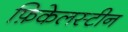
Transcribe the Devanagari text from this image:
फ़िकेलस्टीन